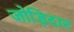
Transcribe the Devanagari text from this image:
जोड़िदार